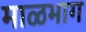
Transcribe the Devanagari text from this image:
माळभाग